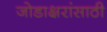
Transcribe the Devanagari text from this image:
जोडाक्षरांसाठी